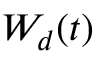
W _ { d } ( t )